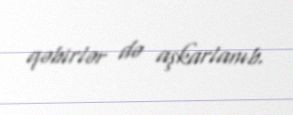
qəbirlər də aşkarlanıb.